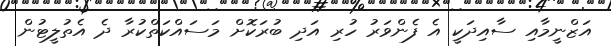
އަޒްނީމާއި ސާއިދަކީ އެ ފެންވަރު ހުރި އަދި ބުރަކޮށް މަސައްކަތްކުރާ ދެ އެތުލީޓުން